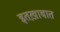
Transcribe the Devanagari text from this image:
इतख़ाबात